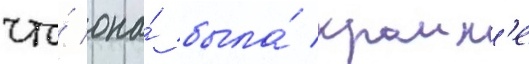
что́ она́ была́ краин'е